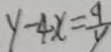
y - 4 x = \frac { 9 } { y }